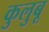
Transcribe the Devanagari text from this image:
कुलुबू